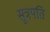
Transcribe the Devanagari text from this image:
सूत्रपति